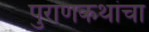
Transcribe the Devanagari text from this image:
पुराणकथांचा